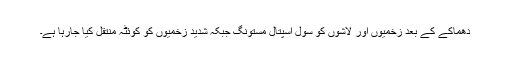
دھماکے کے بعد زخمیوں اور لاشوں کو سول اسپتال مستونگ جبکہ شدید زخمیوں کو کوئٹہ منتقل کیا جارہا ہے۔